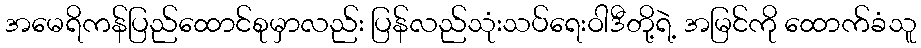
အမေရိကန်ပြည်ထောင်စုမှာလည်း ပြန်လည်သုံးသပ်ရေးဝါဒီတို့ရဲ့ အမြင်ကို ထောက်ခံသူ